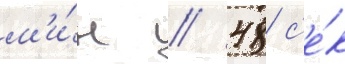
м'и́н // 48 с'е́к